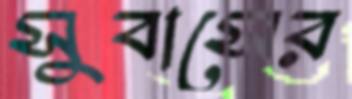
সুবাসের